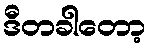
ဒီတခါတော့